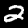
Label: 2